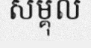
សម្គុល